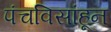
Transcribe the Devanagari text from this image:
पंचविसांहून